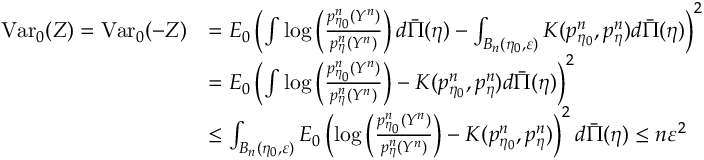
\begin{array} { r l } { \mathrm { V a r } _ { 0 } ( Z ) = \mathrm { V a r } _ { 0 } ( - Z ) } & { = E _ { 0 } \left( \int \log \left( \frac { p _ { \eta _ { 0 } } ^ { n } ( Y ^ { n } ) } { p _ { \eta } ^ { n } ( Y ^ { n } ) } \right) d \bar { \Pi } ( \eta ) - \int _ { B _ { n } ( \eta _ { 0 } , \varepsilon ) } K ( p _ { \eta _ { 0 } } ^ { n } , p _ { \eta } ^ { n } ) d \bar { \Pi } ( \eta ) \right) ^ { 2 } } \\ & { = E _ { 0 } \left( \int \log \left( \frac { p _ { \eta _ { 0 } } ^ { n } ( Y ^ { n } ) } { p _ { \eta } ^ { n } ( Y ^ { n } ) } \right) - K ( p _ { \eta _ { 0 } } ^ { n } , p _ { \eta } ^ { n } ) d \bar { \Pi } ( \eta ) \right) ^ { 2 } } \\ & { \leq \int _ { B _ { n } ( \eta _ { 0 } , \varepsilon ) } E _ { 0 } \left( \log \left( \frac { p _ { \eta _ { 0 } } ^ { n } ( Y ^ { n } ) } { p _ { \eta } ^ { n } ( Y ^ { n } ) } \right) - K ( p _ { \eta _ { 0 } } ^ { n } , p _ { \eta } ^ { n } ) \right) ^ { 2 } d \bar { \Pi } ( \eta ) \leq n \varepsilon ^ { 2 } } \end{array}